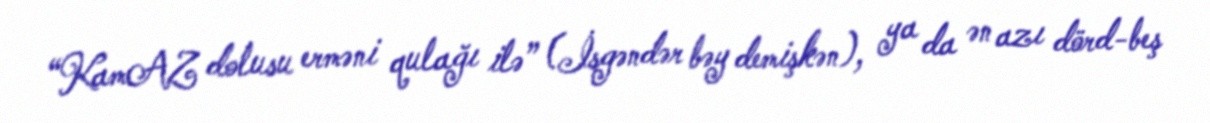
“KamAZ dolusu erməni qulağı ilə” (İsgəndər bəy demişkən), ya da ən azı dörd-beş